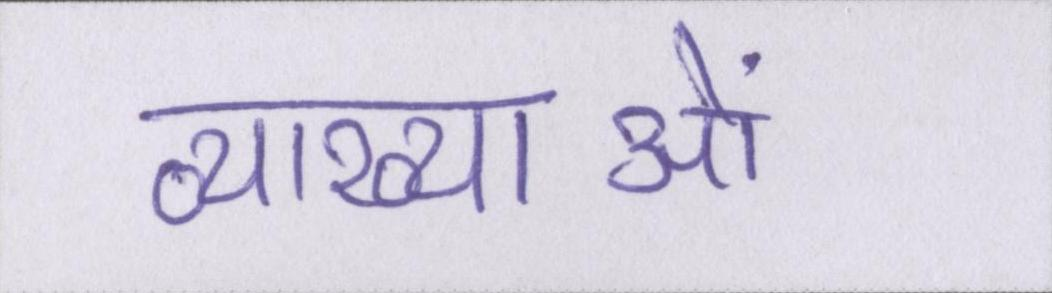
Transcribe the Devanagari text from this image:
व्याख्याओं